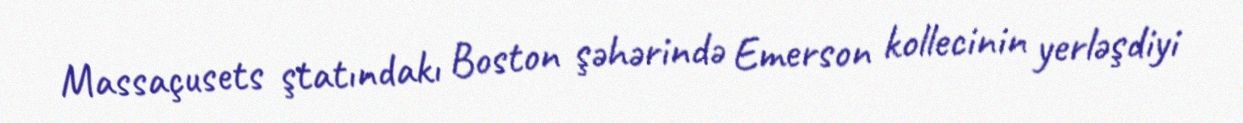
Massaçusets ştatındakı Boston şəhərində Emerson kollecinin yerləşdiyi